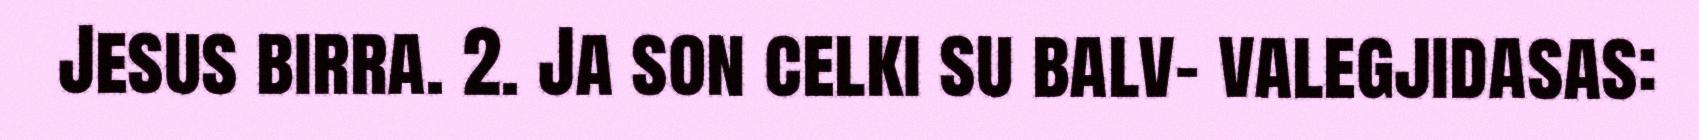
Jesus birra. 2. Ja son celki su balv- valegjidasas: